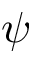
\psi